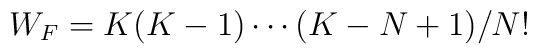
W_{F} = K (K-1) \cdots (K-N+1) / N!\nonumber